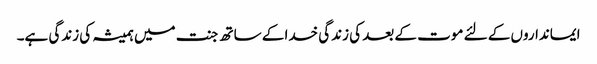
ایمانداروں کے لئے موت کے بعد کی زندگی خدا کے ساتھ جنت میں ہمیشہ کی زندگی ہے۔